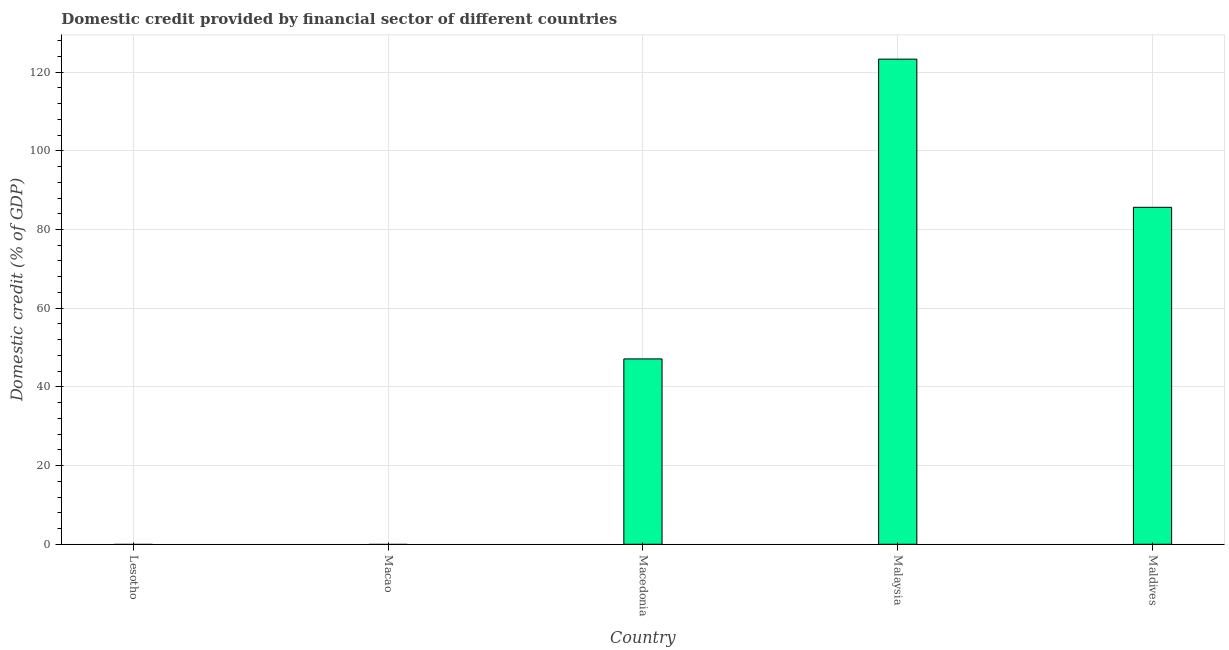
| Country | Domestic credit provided by financial sector |
 | --- | --- |
 | Lesotho | -6.25 |
 | Macao | -21.2 |
 | Macedonia | 47.1 |
 | Malaysia | 123 |
 | Maldives | 85.6 |